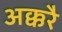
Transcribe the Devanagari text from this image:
अक्करै